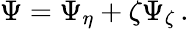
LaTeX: \Psi=\Psi_{\eta}+\zeta\Psi_{\zeta}\, .